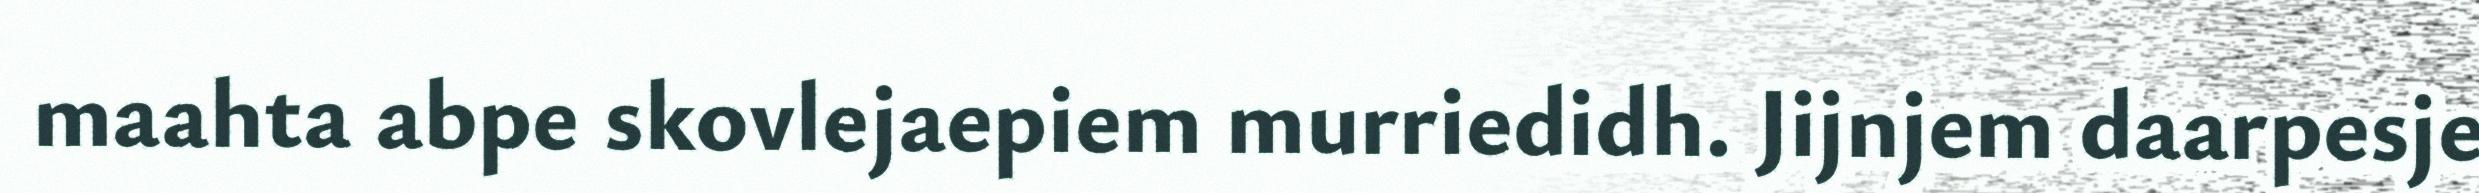
maahta abpe skovlejaepiem murriedidh. Jijnjem daarpesje